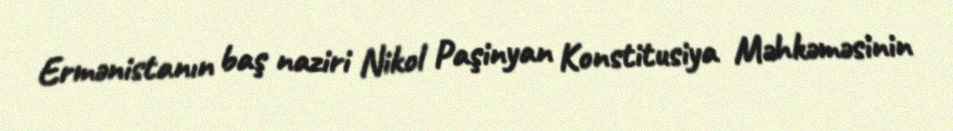
Ermənistanın baş naziri Nikol Paşinyan Konstitusiya Məhkəməsinin